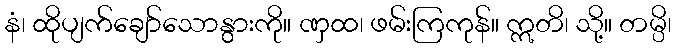
နံ၊ ထိုပျက်ချော်သောနွားကို။ ဏှထ၊ ဖမ်းကြကုန်။ ဣတိ၊ သို့။ တမ္ပိ၊